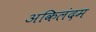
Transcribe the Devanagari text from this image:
अकिलंदम